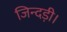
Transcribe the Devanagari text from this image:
जिन्दड़ी।